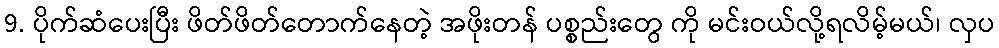
9. ပိုက်ဆံပေးပြီး ဖိတ်ဖိတ်တောက်နေတဲ့ အဖိုးတန် ပစ္စည်းတွေ ကို မင်းဝယ်လို့ရလိမ့်မယ်၊ လှပ